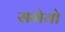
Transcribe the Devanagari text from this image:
सभेयो